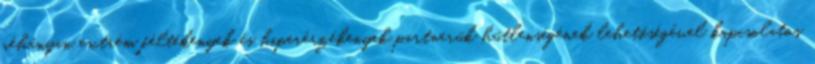
néhányan extrém féltékenyek és hiperérzékenyek partnerük hűtlenségének lehetőségével kapcsolatos